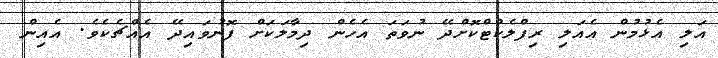
އަލި އެޅުމުން އެއަލި ރިފްލެކްޓްކޮށްދޭ ނުވަތަ އެހެން ދިމާލަކަށް ފޮނުވައިދޭ އެއްޗެކެވެ. އެއިން